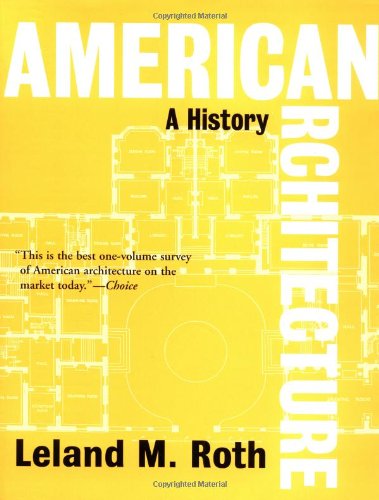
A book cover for American Architecture: A History (Icon Editions); Leland Roth; Arts & Photography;